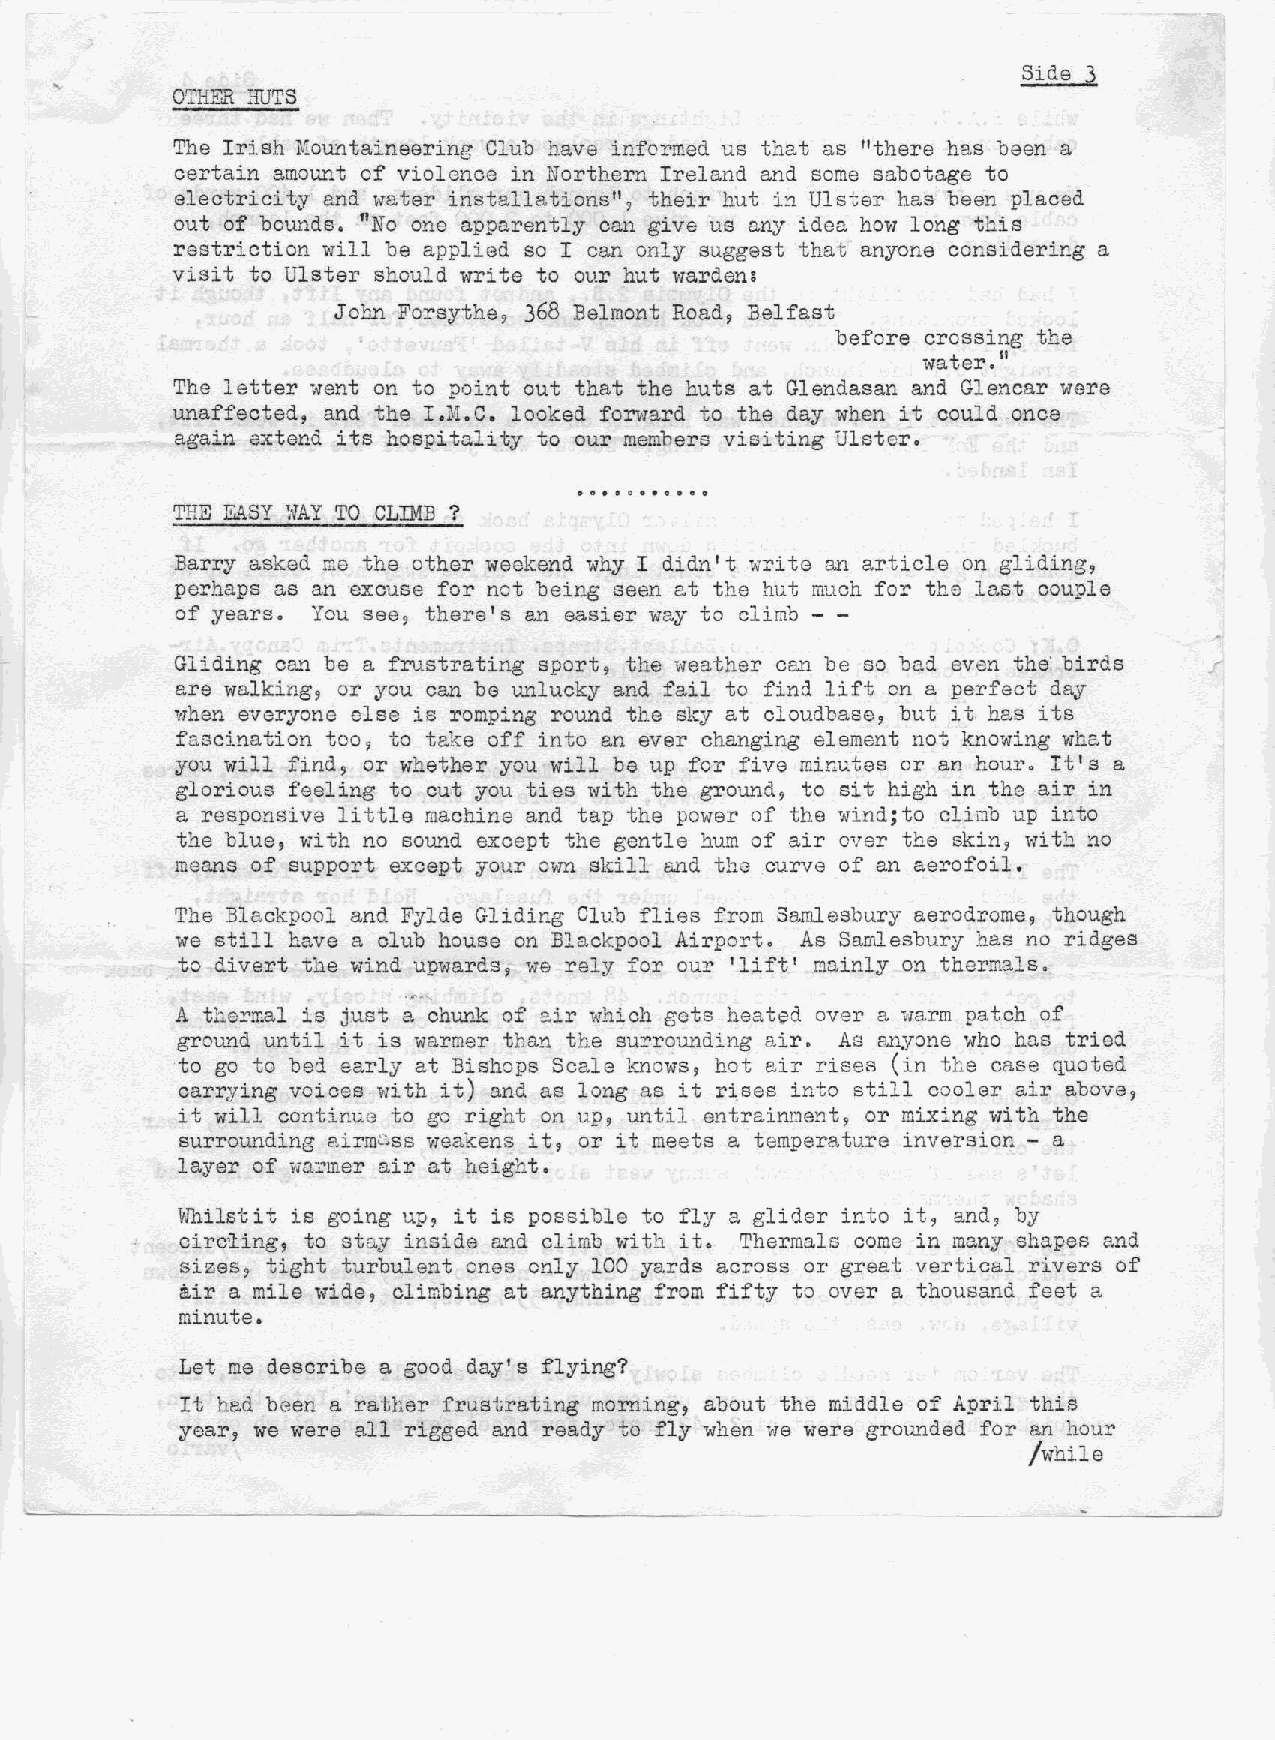
Side 3
 "
 OTHER HUTS
 The Irish Mountaineering Club have informed us tha.tas "there has been a
 certain amount of violence in Northern Ireland and some sabotage to
 electrici ty and ivater installations"? their hut in Ulster has been placed
 out of bounds. IlNoone apparently can give us any idea how long this
 restriction will be appliGd so I can only suggest that anyone considering a
 visit to Ulster should write to our hut wardens
 JOM Forsythe, 368 Belmont Road, Belfast
 before crOSSing the
 water.
 II
 The letter went on to point out that the huts at Glendasan and Glencar were
 unaffected, and the I.M.C. looked fOriiard to the day when it could ,onC9
 again extend its has-pitality to our members visiting Ulster.
 THE EASY YfAY TO CLIMB?
 Barry asked me the other weekend why I didn't write an article on gliding,
 perhaps as an excuse for not being seen at the hut much for the last couple
 of Y8ars. You see, there's an easier way to climb - -
 Gliding can be a frustrating sport, the weat.he.rcan be so bad even the birds r
 are walking, or you can be unlucky and fail to find lift on a perfect day
 "Then everyone else is romping round the sky at cloudbase, but it,has its
 fascanatd on too, to take off into an ever changing element not knowing what
 you will find, or whether you will be up for five minutes or an hour. It's a
 glorious feeling to cut you ties with the ground to sit high in the air in
 9
 a responsive little maohine and tap the power of the wind;to climb up into
 the blue, with no sound except the gentle hum of air over the skin~ with no
 means of support except YOMr own skill and the curve of an aerofoil.
 The Blackpool and Fylde Gliding Club flies f.rom Samlesbury aerodrome, though
 we still have a club house on Blackpool Airport. As Samlesbury has no ridges
 to divert the wind upwards, we rely for our 'lift' mainly on thermals .
 .~
 ........
 A thermal is just a ch~~k of air which gets heat~d over a warm patch of
 ground until it is -v;armerthan toneaur-round'ingair. As anyone who has tried
 to go to bed early at Bishops Scale knows, hot air rises (in the case quoted
 carrying voices with it) and as long as it r:i,sesinto still cooler air above?
 it will continue to go right on up, until entrain..rnent,or mixing with the
 sur-round.ingairmC.ss weakens it, or it meets a temperatura inversion - a
 layer of warmer air at height.
 ID1ilstit is going up, it is possible to fly a glider into it, and, by
 circ~ing, to stay inside and climb with it. Thermals come in many shapes and
 Sizes, tight turbulent ones only 100 yards acr~ss or great vertical rivers of
 air a mile \oJ'idec,limbing at anything from fifty to over a thousand feet a
 minute.
 Let me desoribe a good day's flying?
 It had been a rather frustrating morning, about the middle of April this
 year, we were all rigged and ready to fly when i-Tewere grounded for an hour
 /while